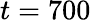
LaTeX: t=700